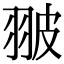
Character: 翍